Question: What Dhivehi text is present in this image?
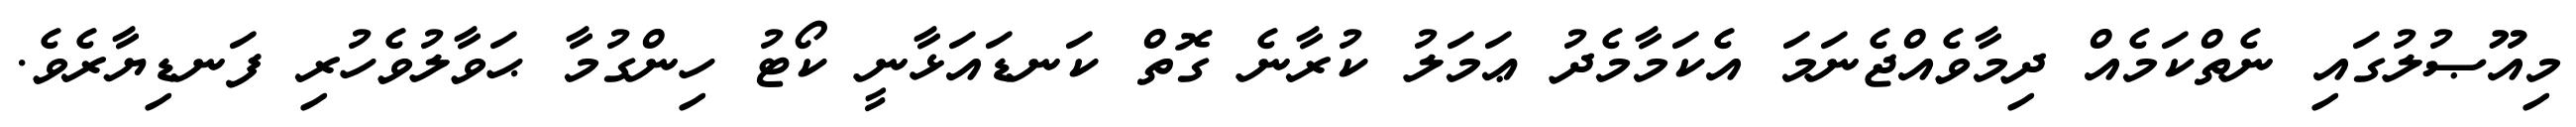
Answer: މިއޫޞުލުގައި ނެތްކަމެއް ދިމާވެއްޖެނަމަ އެކަމާމެދު ޢަމަލު ކުރާނެ ގޮތް ކަނޑައަޅާނީ ކޯޓު ހިންގުމާ ޙަވާލުވެހުރި ފަނޑިޔާރެވެ.